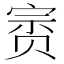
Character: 𰷥